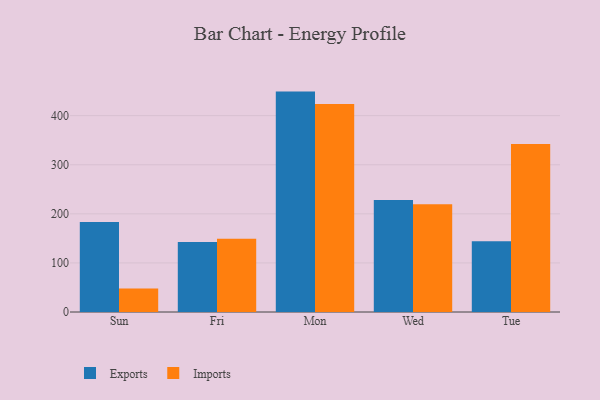
{"axis": {"x": "Day", "y": "Population (Million)"}, "legend": ["Exports", "Imports"], "data": [{"x": "Sun", "y": 183.3, "type": "Exports"}, {"x": "Sun", "y": 47.7, "type": "Imports"}, {"x": "Fri", "y": 142.6, "type": "Exports"}, {"x": "Fri", "y": 149.2, "type": "Imports"}, {"x": "Mon", "y": 449.0, "type": "Exports"}, {"x": "Mon", "y": 423.8, "type": "Imports"}, {"x": "Wed", "y": 228.2, "type": "Exports"}, {"x": "Wed", "y": 219.5, "type": "Imports"}, {"x": "Tue", "y": 144.1, "type": "Exports"}, {"x": "Tue", "y": 342.4, "type": "Imports"}]}